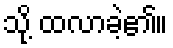
သို့ ထလာခဲ့၏။